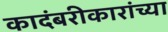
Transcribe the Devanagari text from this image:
कादंबरीकारांच्या